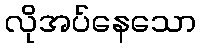
လိုအပ်နေသော